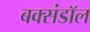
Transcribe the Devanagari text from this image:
बक्संडाॅल